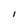
Character: l